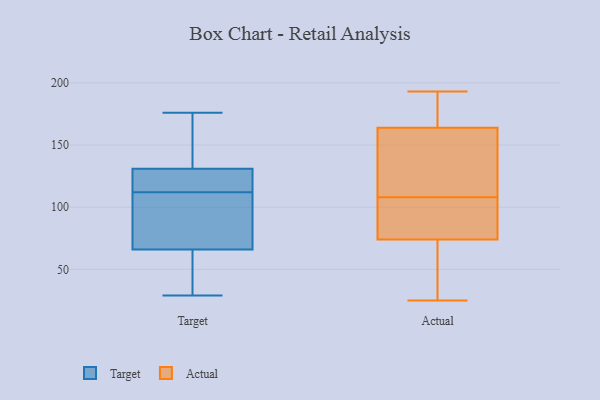
{"axis": {"x": "Inventory Turnover", "y": "Value"}, "legend": ["Actual", "Target"], "data": [{"x": "", "y": 114, "type": "Target"}, {"x": "", "y": 104, "type": "Target"}, {"x": "", "y": 36, "type": "Target"}, {"x": "", "y": 113, "type": "Target"}, {"x": "", "y": 29, "type": "Target"}, {"x": "", "y": 176, "type": "Target"}, {"x": "", "y": 44, "type": "Target"}, {"x": "", "y": 129, "type": "Target"}, {"x": "", "y": 66, "type": "Target"}, {"x": "", "y": 164, "type": "Target"}, {"x": "", "y": 79, "type": "Target"}, {"x": "", "y": 131, "type": "Target"}, {"x": "", "y": 162, "type": "Target"}, {"x": "", "y": 111, "type": "Target"}, {"x": "", "y": 89, "type": "Actual"}, {"x": "", "y": 159, "type": "Actual"}, {"x": "", "y": 60, "type": "Actual"}, {"x": "", "y": 168, "type": "Actual"}, {"x": "", "y": 111, "type": "Actual"}, {"x": "", "y": 25, "type": "Actual"}, {"x": "", "y": 160, "type": "Actual"}, {"x": "", "y": 84, "type": "Actual"}, {"x": "", "y": 184, "type": "Actual"}, {"x": "", "y": 193, "type": "Actual"}, {"x": "", "y": 142, "type": "Actual"}, {"x": "", "y": 64, "type": "Actual"}, {"x": "", "y": 35, "type": "Actual"}, {"x": "", "y": 105, "type": "Actual"}, {"x": "", "y": 176, "type": "Actual"}, {"x": "", "y": 104, "type": "Actual"}]}